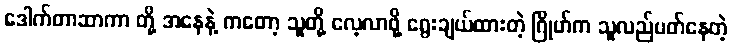
ဒေါက်တာဆာကာ တို့ အနေနဲ့ ကတော့ သူတို့ လေ့လာဖို့ ရွေးချယ်ထားတဲ့ ဂြိုဟ်က သူလည်ပတ်နေတဲ့